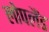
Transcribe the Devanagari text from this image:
लोपलैंड